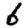
Digit: 6